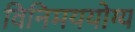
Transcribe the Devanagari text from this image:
विनिमययोग्य